Lock hospitals Punjab
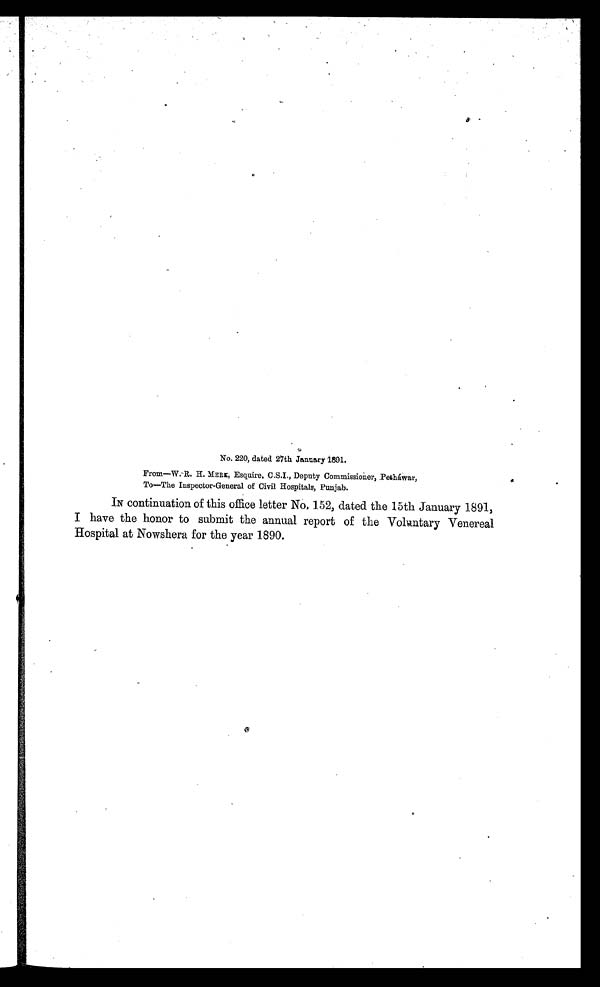
No. 220, dated 27th January 1891.
From—W.R. H. MERE , Esquire, C.S.I., Deputy Commissioner, Pesháwar,
To—The Inspector-General of Civil Hospitals, Punjab.
IN continuation of this office letter No, 152, dated the 15th January 1891,
I have the honor to submit the annual report of the Voluntary Venereal
Hospital at Nowshera for the year 1890.